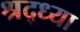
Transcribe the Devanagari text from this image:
श्रद्ध्या